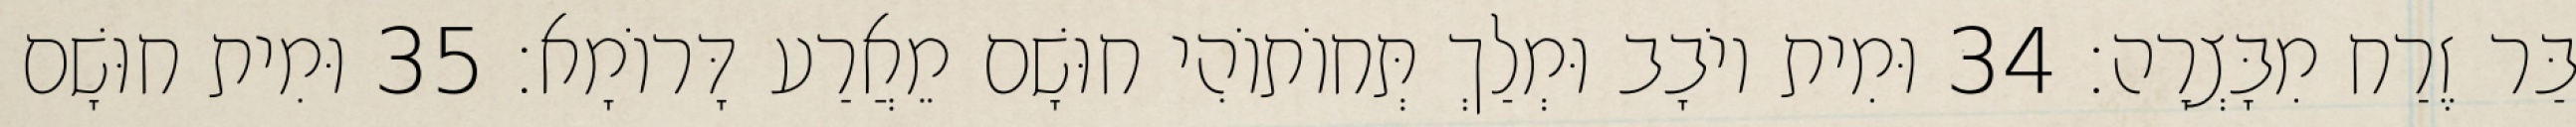
בַּר זֶרַח מִבָּצְרָה׃ 34 וּמִית יוֹבָב וּמְלַךְ תְּחוֹתוֹהִי חוּשָׁם מֵאֲרַע דָּרוֹמָא׃ 35 וּמִית חוּשָׁם